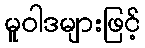
မူဝါဒများဖြင့်